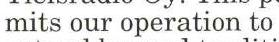
mits our operation to.